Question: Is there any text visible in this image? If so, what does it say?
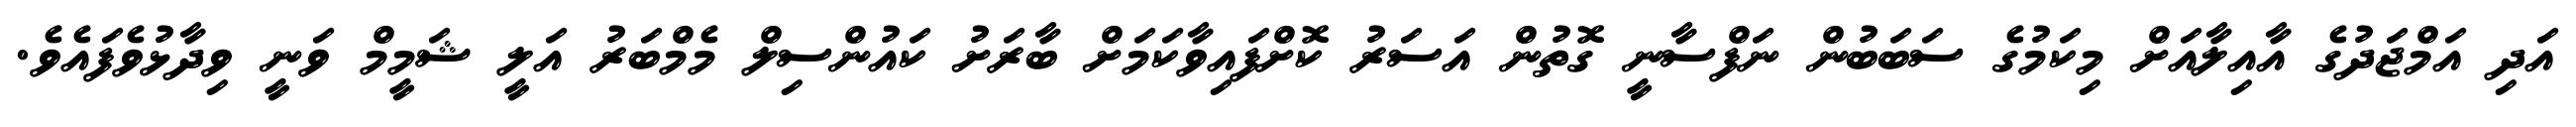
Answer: އަދި އަމްޖަދުގެ އާއިލާއަށް މިކަމުގެ ސަބަބުން ނަފްސާނީ ގޮތުން އަސަރު ކޮށްފައިވާކަމަށް ބާރަށު ކައުންސިލް މެމްބަރު އަލީ ޝަމީމް ވަނީ ވިދާޅުވެފައެވެ.